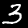
Digit: 3